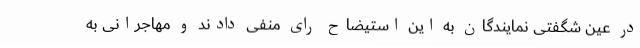
در عین شگفتی نمایندگان به این استیضاح رای منفی دادند و مهاجرانی به